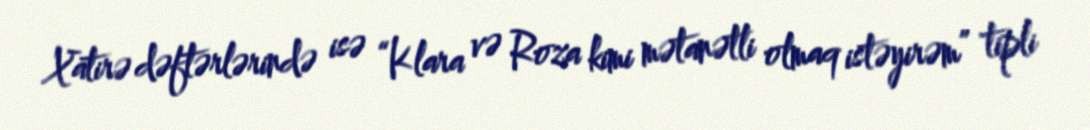
Xatirə dəftərlərində isə “Klara və Roza kimi mətanətli olmaq istəyirəm” tipli